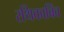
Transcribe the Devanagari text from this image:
रथिकाबिंव